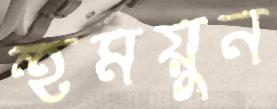
হুময়ুন